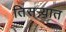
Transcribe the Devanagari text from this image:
तिसर्‍यात